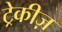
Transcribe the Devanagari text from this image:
ट्रेकीज़